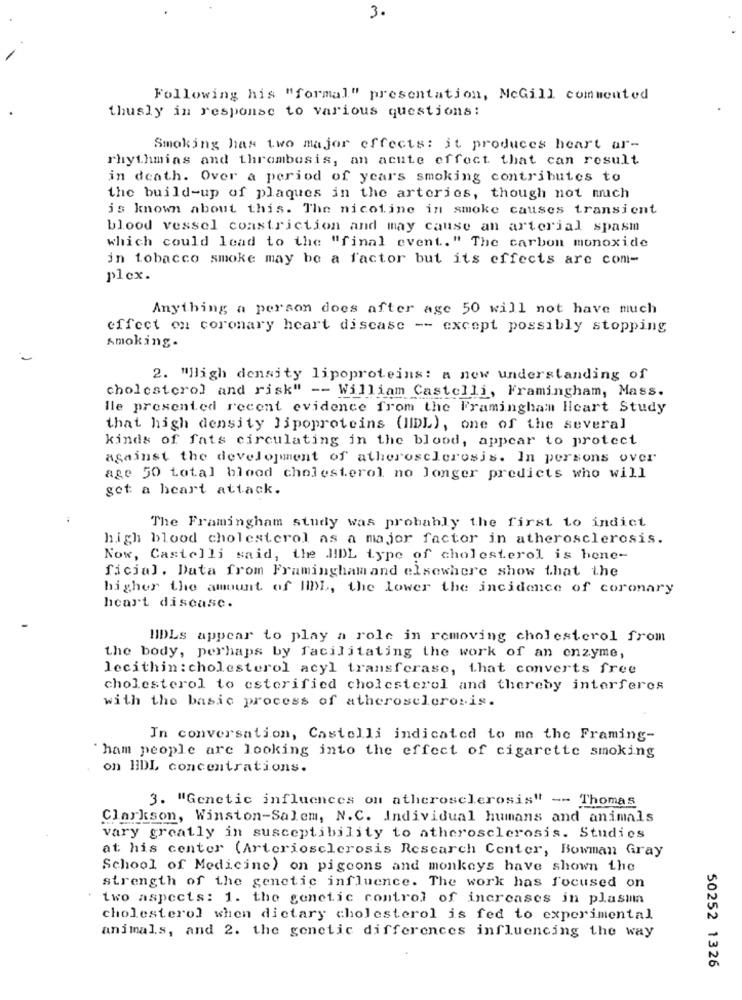
3.
Following his "formal" presentation, McGill commented
thusly in response to various questions:
Smoking has two major effects: it produces heart ar-
rhythmias and thrombosis, an acute effect that can result
in death. Over a period of years smoking contributes to
the build-up of plaques in the arteries, though not much
is known about this. The nicotine in smoke causes transient
blood vessel constriction and may cause an arterial spasm
which could lead to the "final event." The carbon monoxide
in tobacco smoke may be a factor but its effects are com-
plex.
Anything a person does after age 50 will not have much
effect on coronary heart disease -- except possibly stopping
Amoking.
2. "High density lipoproteins: a new understanding of
cholesterol and risk" -- William Castelli, Framingham, Mass.
lle presented recent evidence from the Framingham Heart Study
that high density lipoproteins (IIDL), one of the several
kinds of fats circulating in the blood, appear to protect
against the development of atherosclerosis. In persons over
age 50 total blood cholesterol no longer predicts who will
get a heart attack.
The Framingham study was probably the first to indict
high blood cholesterol as a major factor in atherosclerosis.
Now, Castelli said, the JIDL type of cholesterol is bene-
ficial. Data from Framingham and elsewhere show that the
higher the amount of HDL, the lower the incidence of coronary
heart disease.
HDLs appear to play a role in removing cholesterol from
the body, perhaps by facilitating the work of an enzyme,
lecithin : cholesterol acyl transferase, that converts free
cholesterol to esterified cholesterol and thereby interferes
with the basic process of atherosclerosis.
In conversation, Castelli indicated to me the Framing-
ham people are looking into the effect of cigarette smoking
on HDL concentrations.
3. "Genetic influences on atherosclerosis" -- Thomas
Clarkson, Winston-Salem, N.C. Individual humans and animals
vary greatly in susceptibility to atherosclerosis. Studies
at his center (Arteriosclerosis Research Center, Bowman Gray
School of Medicine) on pigeons and monkeys have shown the
strength of the genetic influence. The work has focused on
two aspects: 1. the genetic control of increases in plasma
cholesterol when dietary cholesterol is fed to experimental
animals, and 2. the genetic differences influencing the way
50252 1326